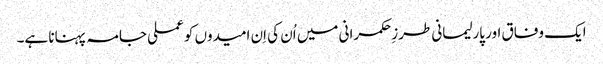
ایک وفاق اور پارلیمانی طرزِحکمرانی میں اُن کی اِن امیدوں کو عملی جامہ پہنانا ہے۔